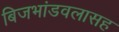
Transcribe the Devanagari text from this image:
बिजभांडवलासह